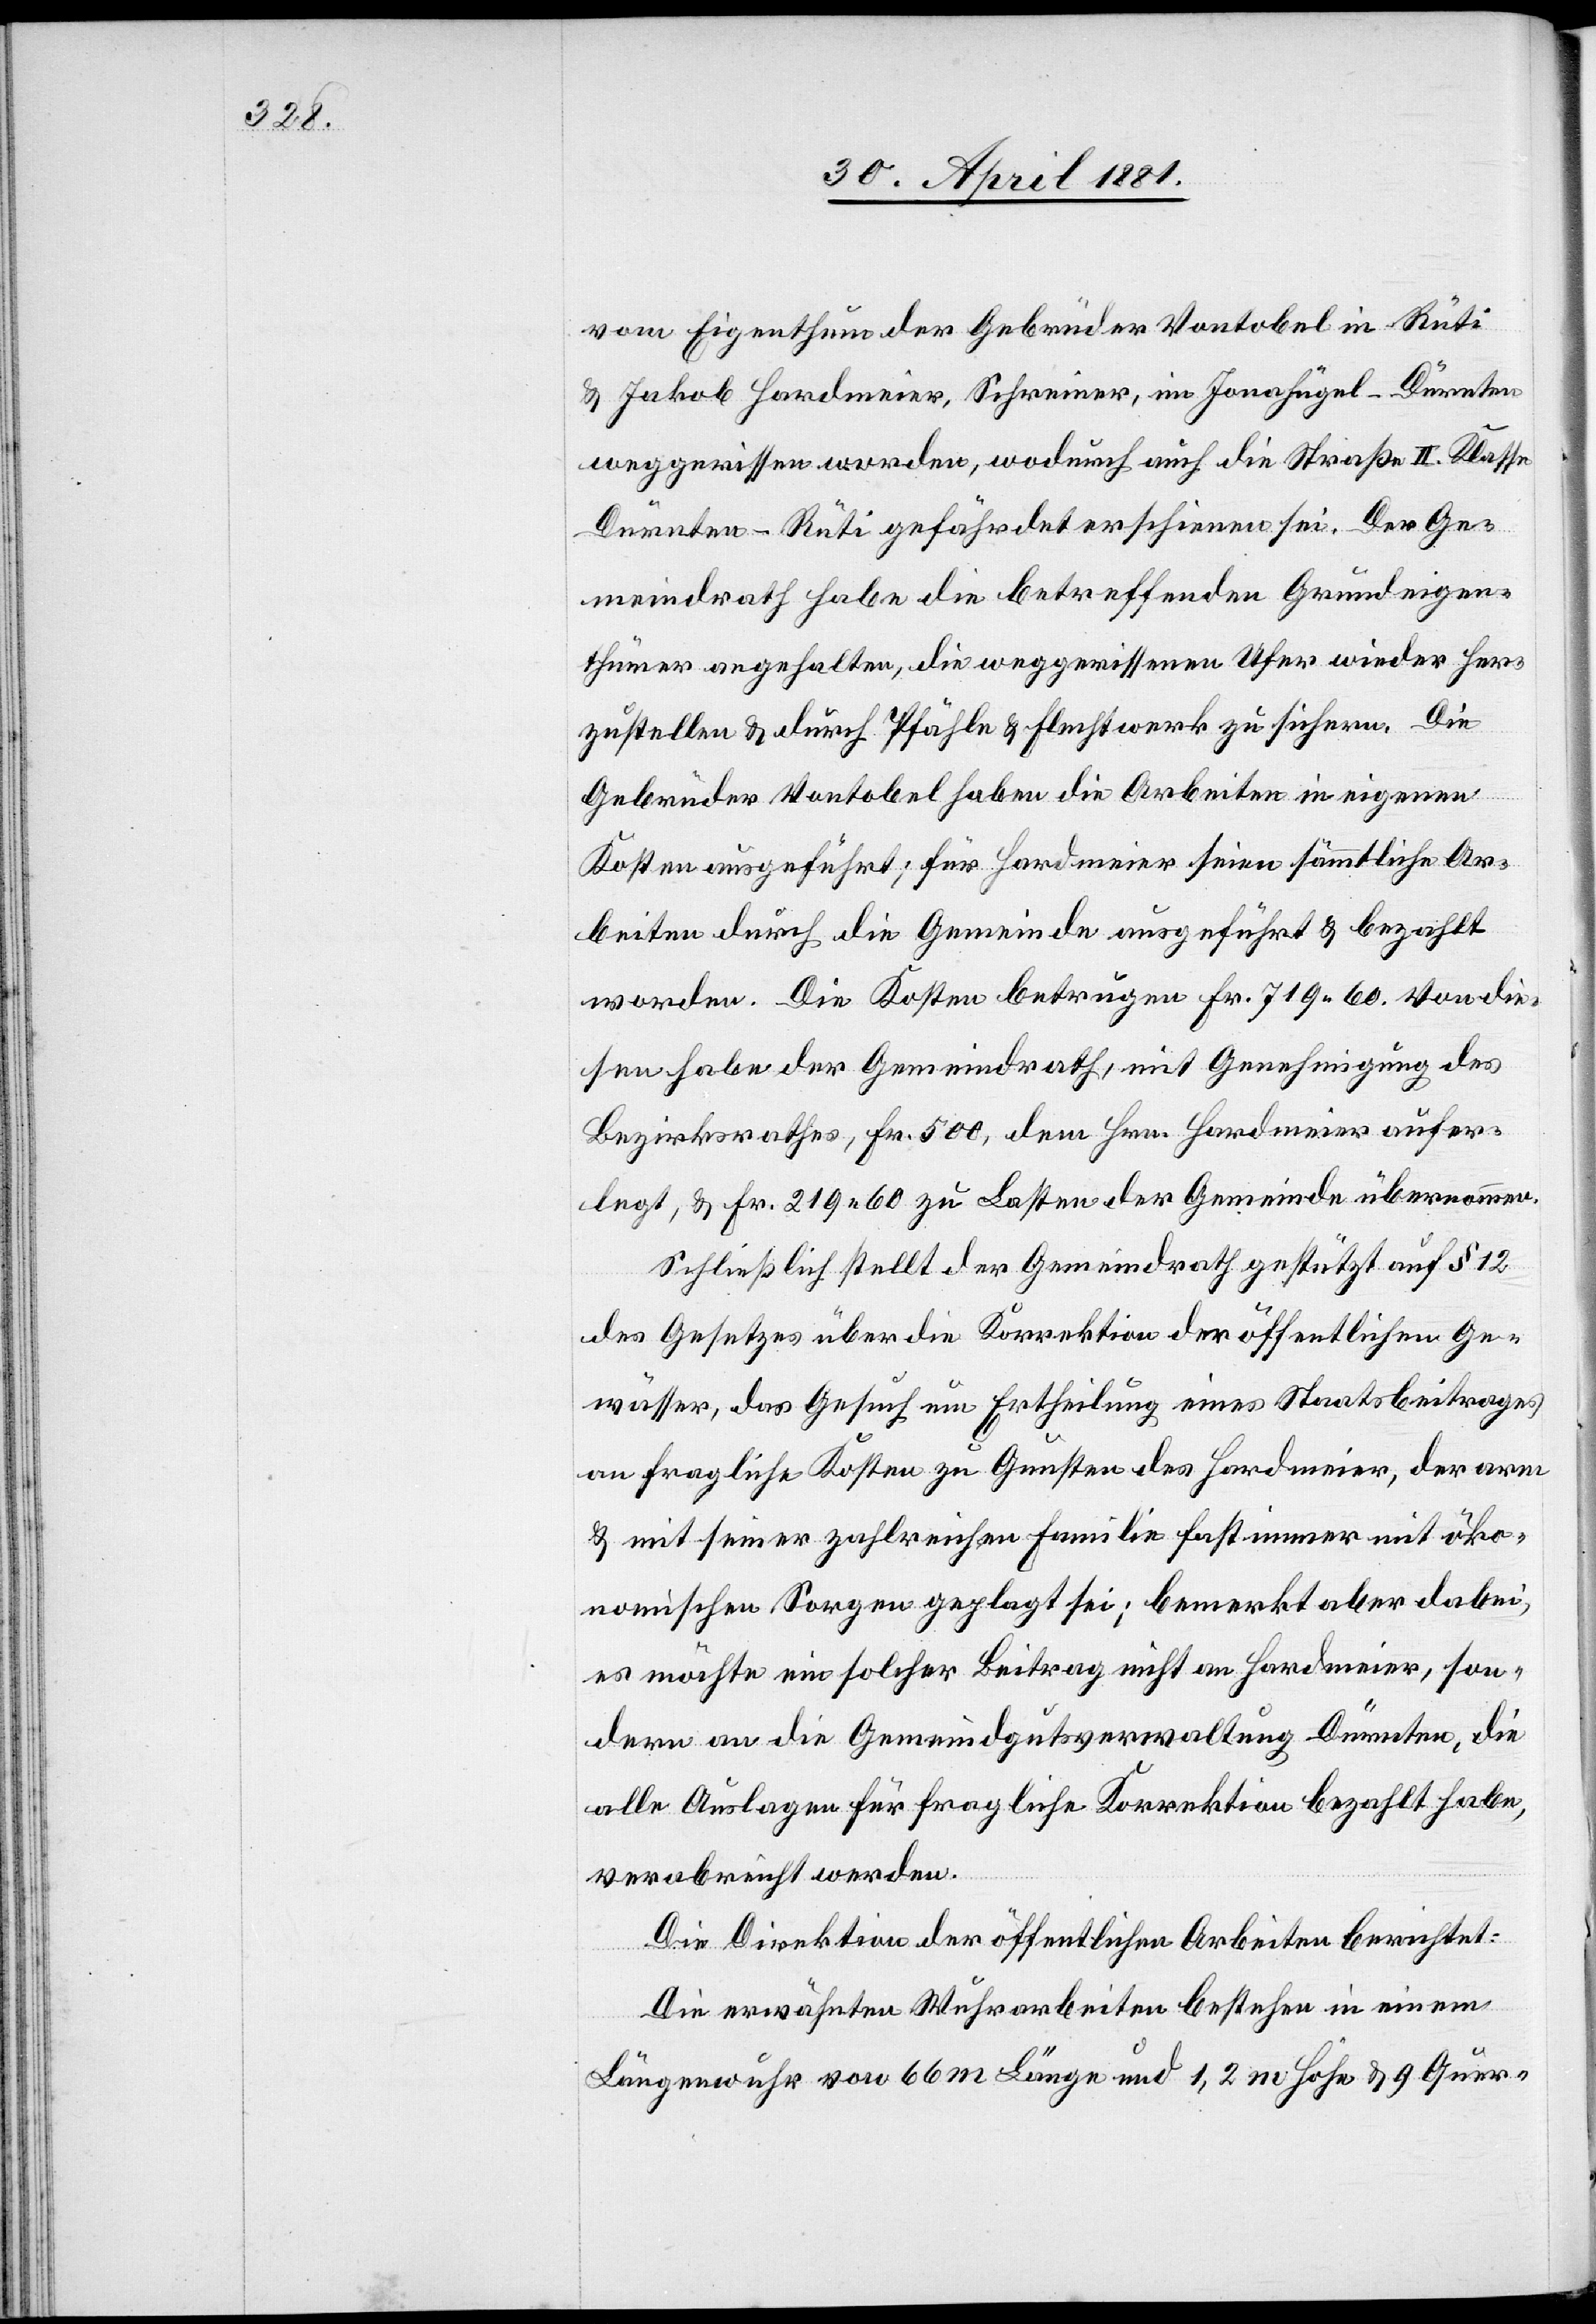
vom Eigenthum der Gebrüder Vontobel in Rüti
& Jakob Hardmeier, Schreiner, in Jonahügel - Dürnten
weggerissen worden, wodurch auch die Straße II. Klasse
Dürnten–Rüti gefährdet erschienen sei. Der Ge¬
meindrath habe die betreffenden Grundeigen¬
thümer angehalten, die weggerissenen Ufer wieder her¬
zustellen & durch Pfähle & Flechtwerk zu sichern. Die
Gebrüder Vontobel haben die Arbeiten in eigenen
Kosten ausgeführt; für Hardmeier seien sämmtliche Ar¬
beiten durch die Gemeinde ausgeführt & bezahlt
worden. Die Kosten betragen Fr. 719. 60. Von die¬
sen habe der Gemeindrath, mit Genehmigung des
Bezirksrathes, Fr. 500, dem Hrn. Hardmeier aufer¬
legt, & Fr. 219. 60 zu Lasten der Gemeinde übernommen.
Schließlich stellt der Gemeindrath gestützt auf § 12
des Gesetzes über die Korrektion der öffentlichen Ge¬
wässer, das Gesuch um Ertheilung eines Staatsbeitrages
an fragliche Kosten zu Gunsten des Hardmeier, der arm
& mit seiner zahlreichen Familie fast immer mit öko¬
nomischen Sorgen geplagt sei; bemerkt aber dabei,
es möchte ein solcher Beitrag nicht an Hardmeier, son¬
dern an die Gemeindgutsverwaltung Dürnten, die
alle Auslagen für fragliche Korrektion bezahlt habe,
verabreicht werden.
Die Direktion der öffentlichen Arbeiten berichtet:
Die erwähnten Wuhrarbeiten bestehen in einem
Längenwuhr von 66 m Länge und 1,2 m Höhe & 9 Quer-